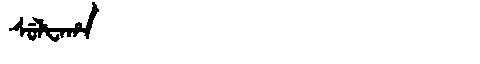
Manchu: ᠰᡠᠯᡶᠠᡥᠠ
Romanization: SULFAHA